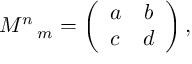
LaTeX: M ^ { n } \, _ { m } = \left( \begin{array} { c c } { { a } } & { { b } } \\ { { c } } & { { d } } \end{array} \right) ,